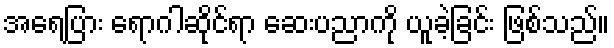
အရေပြား ရောဂါဆိုင်ရာ ဆေးပညာကို ယူခဲ့ခြင်း ဖြစ်သည်။